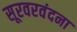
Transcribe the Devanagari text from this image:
सूरवरवंदना